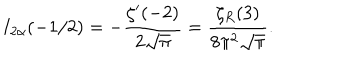
LaTeX: I _ { 2 \alpha } ( - 1 / 2 ) = - \frac { \zeta ^ { \prime } ( - 2 ) } { 2 \sqrt \pi } = \frac { \zeta _ { R } ( 3 ) } { 8 \pi ^ { 2 } \sqrt \pi } { . }